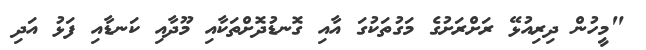
"މީހުން ދިރިއުޅޭ ރަށްރަށުގެ މަގުތަކުގަ އާއި ގޮނޑުދޮށްތަކާއި މޫދާއި ކަނޑާއި ފަޅު އަދި